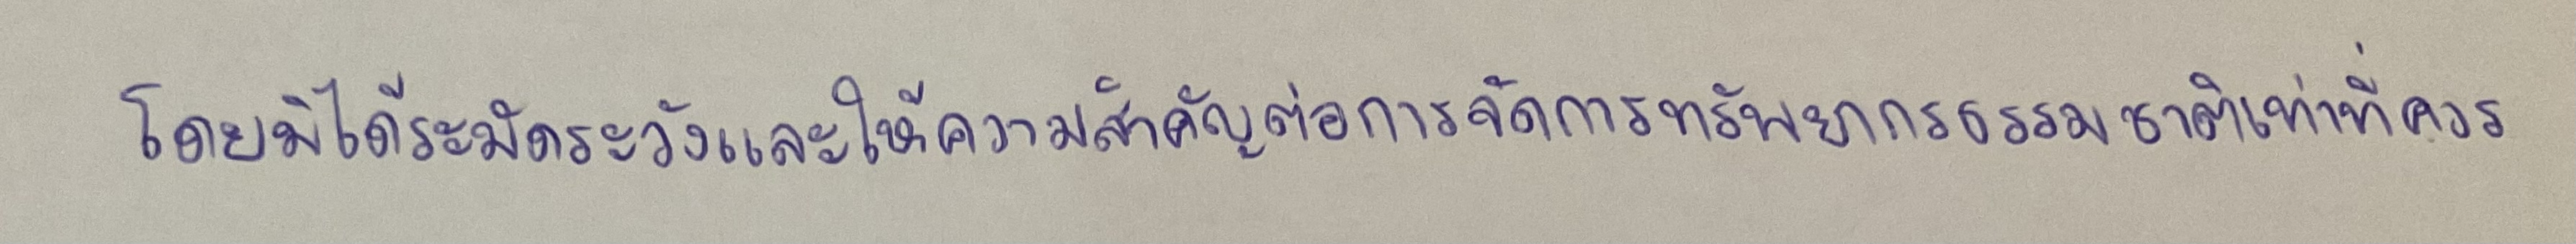
โดยมิได้ระมัดระวังและให้ความสำคัญต่อการจัดการทรัพยากรธรรมชาติเท่าที่ควร